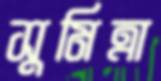
সুমিত্রা